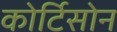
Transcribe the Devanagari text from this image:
कोर्टिसोन